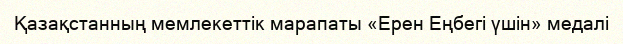
Қазақстанның мемлекеттік марапаты «Ерен Еңбегі үшін» медалі